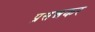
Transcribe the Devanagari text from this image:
प्रसन्नकर